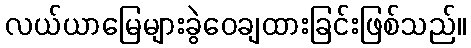
လယ်ယာမြေများခွဲဝေချထားခြင်းဖြစ်သည်။